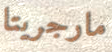
مارجريتا